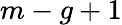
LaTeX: m-g+1